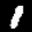
Label: 1